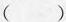
()